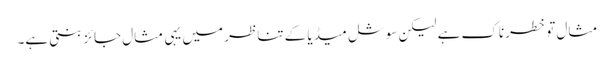
مثال تو خطرناک ہے لیکن سوشل میڈیا کے تناظر میں یہی مثال جائز بنتی ہے۔